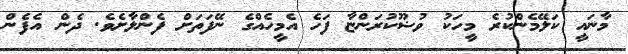
މާނައީ ކަލޭމެންކުރެ މީހަކު ވުޟޫކުރަންޏާ ފަހެ އެމީހެއްގެ ނޭފަތަށް ފެންލާށެވެ. ދެން އެފެން